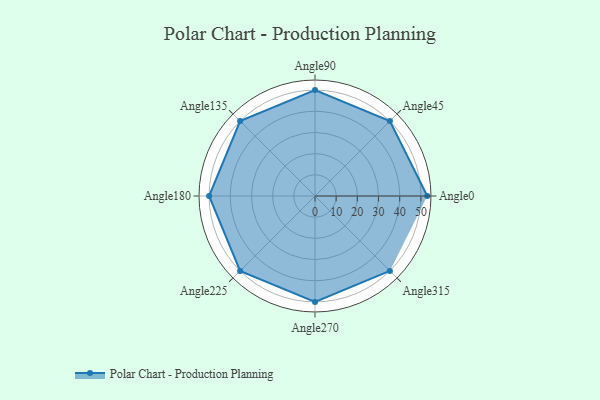
{"axis": {"x": "Angle", "y": "Radius"}, "legend": [""], "data": [{"x": "Angle0", "y": 53.0, "type": ""}, {"x": "Angle45", "y": 50, "type": ""}, {"x": "Angle90", "y": 50, "type": ""}, {"x": "Angle135", "y": 50, "type": ""}, {"x": "Angle180", "y": 50, "type": ""}, {"x": "Angle225", "y": 50, "type": ""}, {"x": "Angle270", "y": 50, "type": ""}, {"x": "Angle315", "y": 50, "type": ""}]}